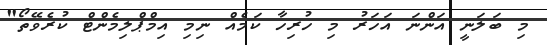
މި ބަލަނީ އަންނަ އަހަރު މި ހުރިހާ ކަމެއް ނިމި އިމްޕްލިމެންޓް ކުރެވޭތޯ"